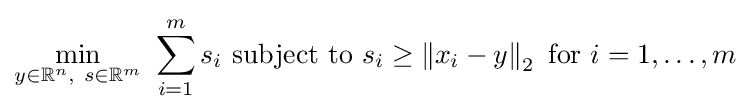
{\underset {y\in \mathbb {R} ^{n},\ s\in \mathbb {R} ^{m}}{\min }}\ \sum _{i=1}^{m}s_{i}{\text{ subject to }}s_{i}\geq \left\|x_{i}-y\right\|_{2}{\text{ for }}i=1,\ldots ,m